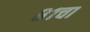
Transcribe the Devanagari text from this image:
८१चा